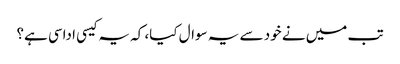
تب میں نے خود سے یہ سوال کیا، کہ یہ کیسی اداسی ہے؟